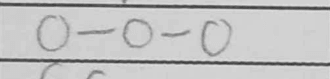
Transcription: O-O-O